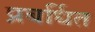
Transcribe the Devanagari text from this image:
प्रबर्धित